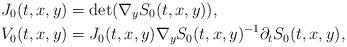
LaTeX: \begin{align*} J_0(t,x,y) &= \det(\nabla_y S_0(t,x,y)), \\ V_0(t,x,y) &= J_0(t,x,y) \nabla_y S_0(t,x,y)^{-1} \partial_t S_0(t,x,y),\end{align*}